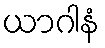
ယာဂါနံ